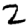
Digit: 2